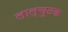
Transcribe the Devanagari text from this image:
लाल्चुठक